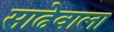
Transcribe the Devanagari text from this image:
साढेवाला